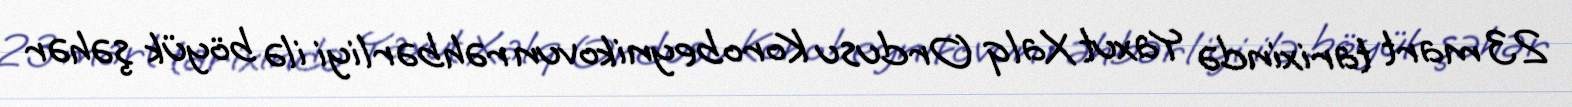
23 mart tarixində Yaxut Xalq Ordusu Korobeynikovun rəhbərliyi ilə böyük şəhər